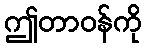
ဤတာဝန်ကို